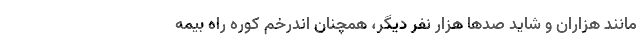
مانند هزاران و شاید صدها هزار نفر دیگر، همچنان اندرخم کوره راه بیمه